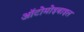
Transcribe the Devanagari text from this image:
ऑटोमोइबाइल